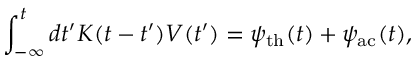
\int _ { - \infty } ^ { t } d t ^ { \prime } K ( t - t ^ { \prime } ) V ( t ^ { \prime } ) = \psi _ { \mathrm { t h } } ( t ) + \psi _ { \mathrm { a c } } ( t ) ,